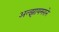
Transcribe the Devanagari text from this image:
अल्झायमराने